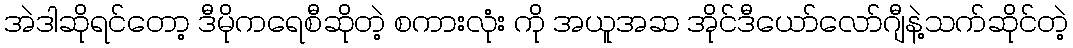
အဲဒါဆိုရင်တော့ ဒီမိုကရေစီဆိုတဲ့ စကားလုံး ကို အယူအဆ အိုင်ဒီယော်လော်ဂျီနဲ့သက်ဆိုင်တဲ့